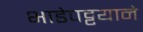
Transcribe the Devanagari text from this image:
भाडेपट्टयाने